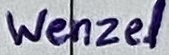
Text: Wenzel